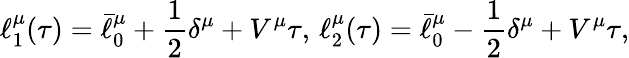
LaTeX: \ell_{1}^{\mu}(\tau)=\bar{\ell}_{0}^{\mu}+{\frac{1}{2}}\delta^{\mu}+V^{\mu}\tau,\, \ell_{2}^{\mu}(\tau)=\bar{\ell}_{0}^{\mu}-{\frac{1}{2}}\delta^{\mu}+V^{\mu}\tau,